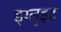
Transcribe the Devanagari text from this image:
इग्लूइट